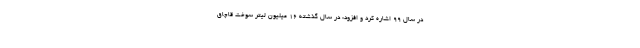
در سال 99 اشاره کرد و افزود: در سال گذشته 16 میلیون لیتر سوخت قاچاق